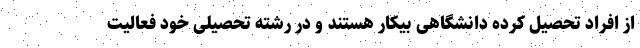
از افراد تحصیل کرده دانشگاهی بیکار هستند و در رشته تحصیلی خود فعالیت